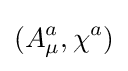
(A_{\mu }^{a},\chi ^{a})